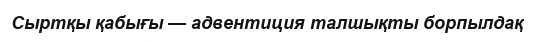
Сыртқы қабығы — адвентиция талшықты борпылдақ